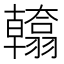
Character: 𮋙